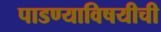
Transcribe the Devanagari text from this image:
पाडण्याविषयीची